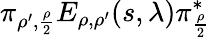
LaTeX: \pi_{\rho^{\prime},\frac{\rho}{2}}E_{\rho,\rho^{\prime}}(s,\lambda)\pi_{\frac{\rho}{2}}^{*}